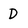
Character: D